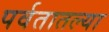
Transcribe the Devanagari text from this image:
पर्वतातल्या